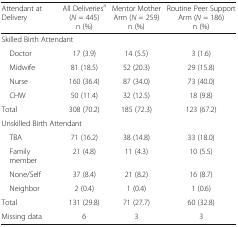
<table><thead><tr><td><b>Attendant at Delivery</b></td><td><b>All Deliveries<sup>a</sup> (<i>N</i> = 445)n (%)</b></td><td><b>Mentor Mother Arm (<i>N</i> = 259)n (%)</b></td><td><b>Routine Peer Support Arm (<i>N</i> = 186)n (%)</b></td></tr></thead><tbody><tr><td colspan="4">Skilled Birth Attendant</td></tr><tr><td> Doctor</td><td>17 (3.9)</td><td>14 (5.5)</td><td>3 (1.6)</td></tr><tr><td> Midwife</td><td>81 (18.5)</td><td>52 (20.3)</td><td>29 (15.8)</td></tr><tr><td> Nurse</td><td>160 (36.4)</td><td>87 (34.0)</td><td>73 (40.0)</td></tr><tr><td> CHW</td><td>50 (11.4)</td><td>32 (12.5)</td><td>18 (9.8)</td></tr><tr><td>Total</td><td>308 (70.2)</td><td>185 (72.3)</td><td>123 (67.2)</td></tr><tr><td colspan="4">Unskilled Birth Attendant</td></tr><tr><td> TBA</td><td>71 (16.2)</td><td>38 (14.8)</td><td>33 (18.0)</td></tr><tr><td> Family member</td><td>21 (4.8)</td><td>11 (4.3)</td><td>10 (5.5)</td></tr><tr><td> None/Self</td><td>37 (8.4)</td><td>21 (8.2)</td><td>16 (8.7)</td></tr><tr><td> Neighbor</td><td>2 (0.4)</td><td>1 (0.4)</td><td>1 (0.6)</td></tr><tr><td>Total</td><td>131 (29.8)</td><td>71 (27.7)</td><td>60 (32.8)</td></tr><tr><td>Missing data</td><td>6</td><td>3</td><td>3</td></tr></tbody></table>